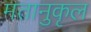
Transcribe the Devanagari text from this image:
मतानुकृल